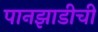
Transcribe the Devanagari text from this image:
पानझाडीची